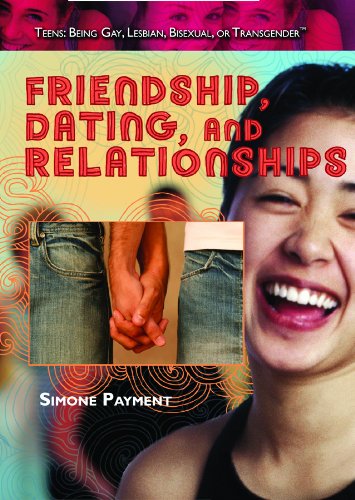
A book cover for Friendship, Dating, and Relationships (Teens: Being Gay, Lesbian, Bisexual, Or Transgender); Simone Payment; Teen & Young Adult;